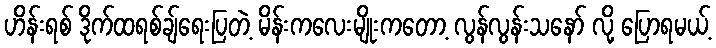
ဟိန်းရစ် ဒိုက်ထရစ်ချ်ရေးပြတဲ့ မိန်းကလေးမျိုးကတော့ လွန်လွန်းသနော် လို့ ပြောရမယ့်